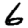
Digit: 6